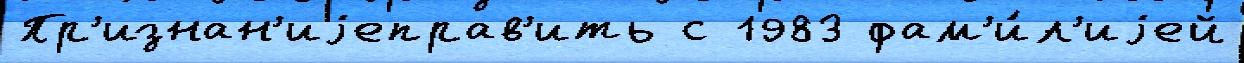
Пр'изнан'иjеправ'ить с 1983 фам'и́л'иjей